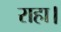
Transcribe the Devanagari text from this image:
राहा।